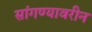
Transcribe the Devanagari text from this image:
सांगण्यावरीन